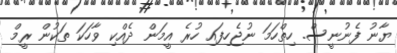
ޔާނު ފެނުނީސް. ހިތްހަމަ ނުޖެހިފައި ހުރެ އީމަން ދެއްކި ވާހަކަ ތަކުން ރީމް